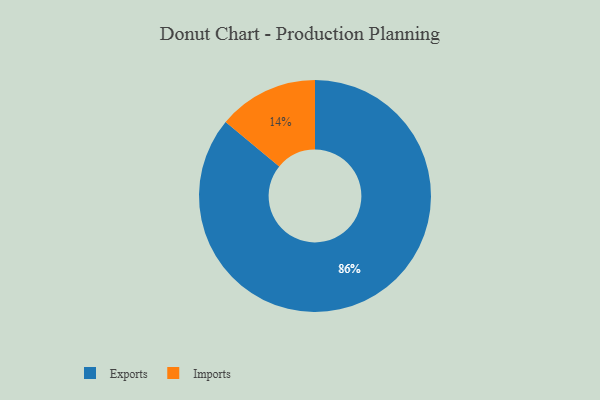
{"axis": {"x": "Category", "y": "Percentage"}, "legend": ["Exports", "Imports"], "data": [{"x": "Imports", "y": 14, "type": "Imports"}, {"x": "Exports", "y": 86, "type": "Exports"}]}